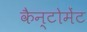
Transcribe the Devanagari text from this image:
कैन्‍टोमेंट